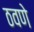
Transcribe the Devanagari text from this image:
ठवणे